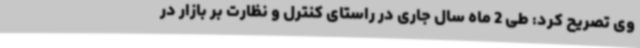
وی تصریح کرد: طی 2 ماه سال جاری در راستای کنترل و نظارت بر بازار در